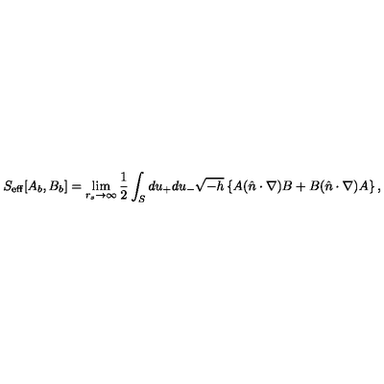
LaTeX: S _ { \mathrm { e f f } } [ A _ { b } , B _ { b } ] = \lim _ { r _ { s } \to \infty } { \frac { 1 } { 2 } } \int _ { S } d u _ { + } d u _ { - } \sqrt { - h } \left\{ A ( \hat { n } \cdot \nabla ) B + B ( \hat { n } \cdot \nabla ) A \right\} ,